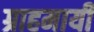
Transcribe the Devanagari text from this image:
ग्राहमायी